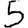
Digit: 5